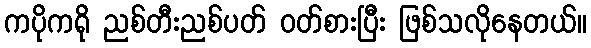
ကပိုကရို ညစ်တီးညစ်ပတ် ဝတ်စားပြီး ဖြစ်သလိုနေတယ်။